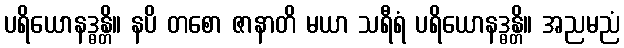
ပရိယောနဒ္ဓန္တိ။ နပိ တစော ဇာနာတိ မယာ သရီရံ ပရိယောနဒ္ဓန္တိ။ အညမညံ